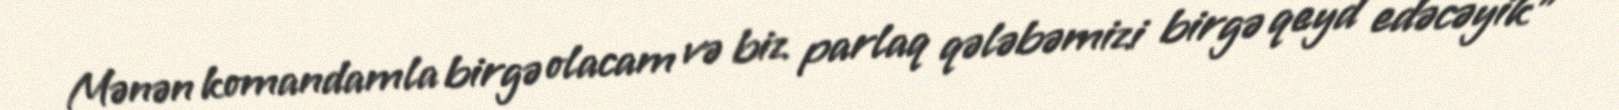
Mənən komandamla birgə olacam və biz parlaq qələbəmizi birgə qeyd edəcəyik” -